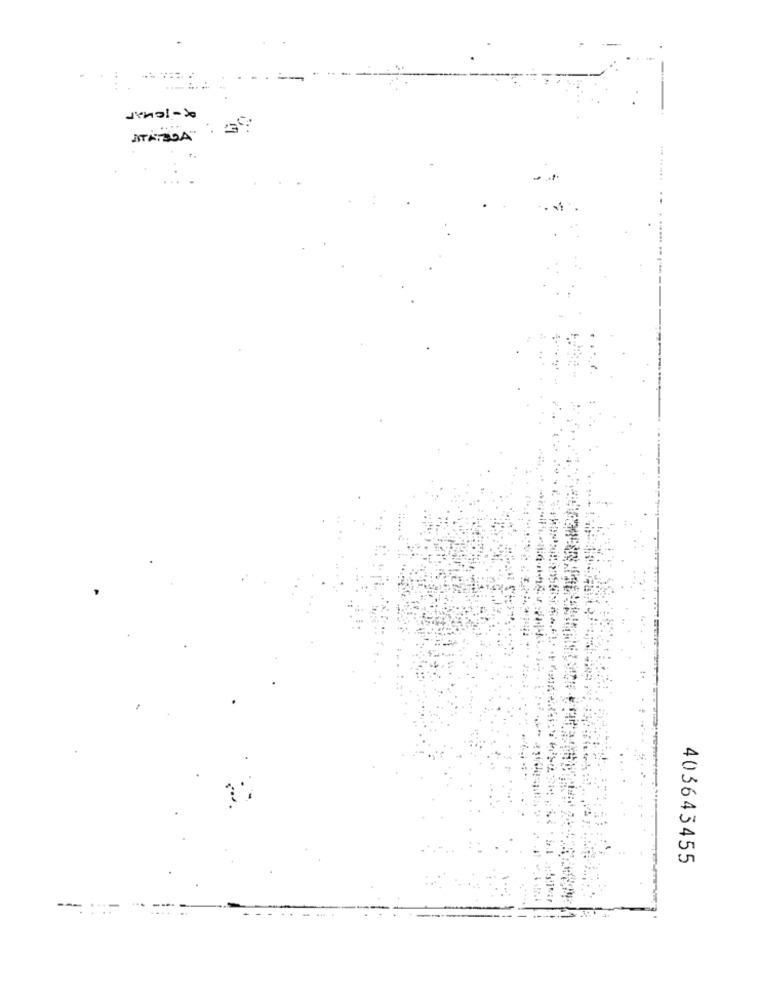
..
ATAT DA
403643455